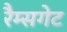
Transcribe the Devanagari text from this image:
रैम्सगेट